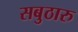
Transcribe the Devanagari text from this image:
सबुठारु